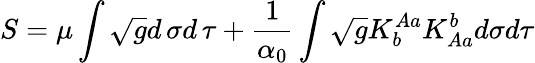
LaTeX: S=\mu\int\sqrt{g}d\, \sigma d\, \tau+\frac{1}{\alpha_{0}}\int\sqrt{g}K_{b}^{Aa}K_{Aa}^{b}d\sigma d\tau